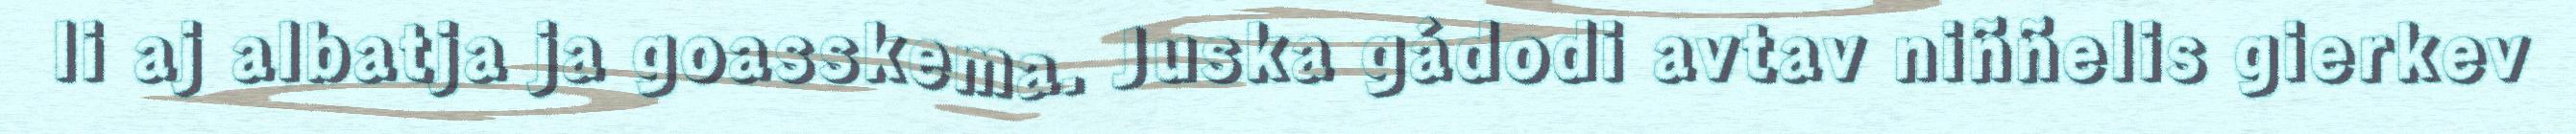
li aj albatja ja goasskema. Juska gádodi avtav niññelis gierkev